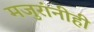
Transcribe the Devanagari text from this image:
मजुरांनीही